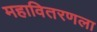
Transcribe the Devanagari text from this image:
महावितरणला